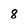
Character: 8